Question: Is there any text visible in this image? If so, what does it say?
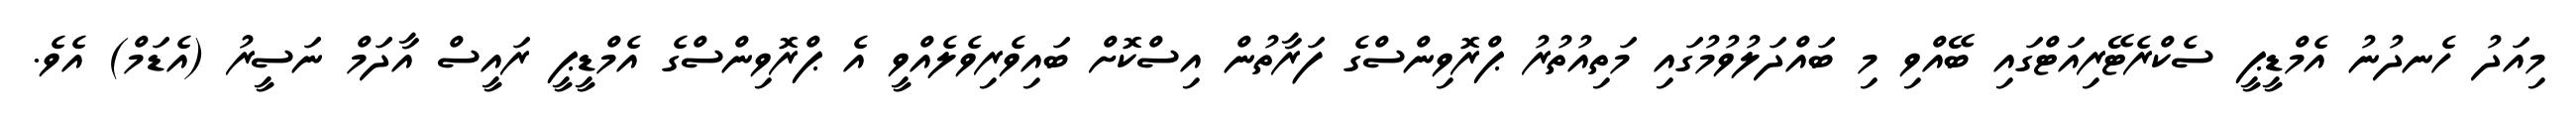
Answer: މިއަދު ހެނދުނު އެމްޑީޕީ ސެކްރެޓޭރިއަޓްގައި ބޭއްވި މި ބައްދަލުވުމުގައި މަތިއުތުރު ޕްރޮވިންސްގެ ފަރާތުން އިސްކޮށް ބައިވެރިވެލެއްވީ އެ ޕްރޮވިންސްގެ އެމްޑީޕީ ރައީސް އާދަމް ނަސީރު (އެޑަމް) އެވެ.